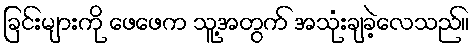
ခြင်းများကို ဖေဖေက သူ့အတွက် အသုံးချခဲ့လေသည်။